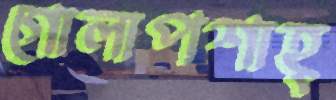
গোলাপশাহ্